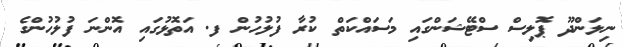
ނިލަންދޫ ޕޮލިސް ސްޓޭޝަންގައި މަސައްކަތް ކުރާ ފުލުހުން ފ. އަތޮޅުގައި އޮންނަ ފުލުހުންގެ